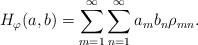
\begin{align*} H_\varphi(a,b) = \sum_{m=1}^\infty \sum_{n=1}^\infty a_m b_n \rho_{mn}. \end{align*}